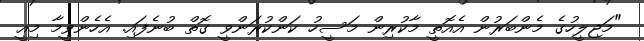
"މަޖިލީހުގެ މެންބަރުން އެއޮތީ މާކުރިން މަސީހު ކަންކުރަންވީ ގޮތް ބުނެފައި. އެހެންވީމާ މިއީ